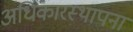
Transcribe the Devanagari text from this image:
अधिकारस्थापना